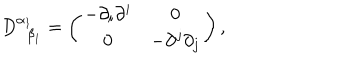
D _ { \; \; \beta _ { 1 } } ^ { \alpha _ { 1 } } = \left( \begin{array} { c c } { { - \partial _ { i } \partial ^ { i } } } & { { 0 } } \\ { { 0 } } & { { - \partial ^ { j } \partial _ { j } } } \\ \end{array} \right) ,